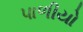
પાળીયો